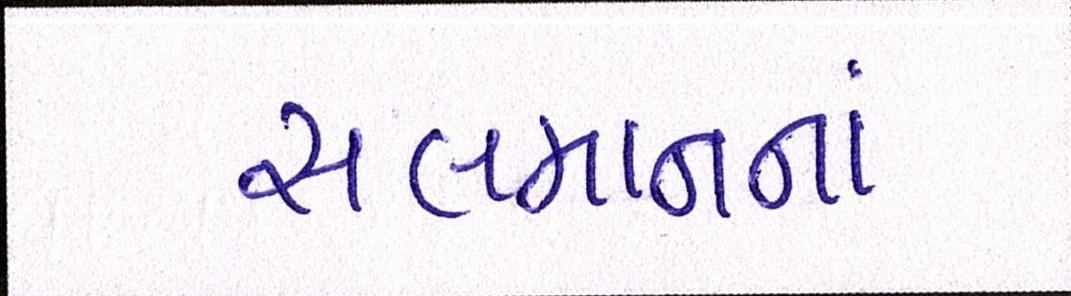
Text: સલમાનનાં